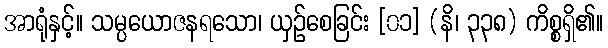
အာရုံနှင့်။ သမ္ပယောဇနရသော၊ ယှဉ်စေခြင်း [၀၁] (နိ၊ ၃၃၈) ကိစ္စရှိ၏။